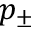
p _ { \pm }